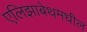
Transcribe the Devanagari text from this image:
एलिझाबेथमधील